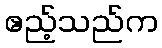
ဧည့်သည်က